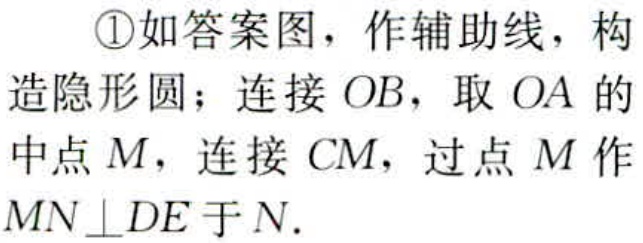
\textcircled{1}如答案图，作辅助线，构造隐形圆；连接 \(OB\)，取 \(OA\) 的中点 \(M\)，连接 \(CM\)，过点 \(M\) 作 \(MN\perp DE\) 于 \(N\).